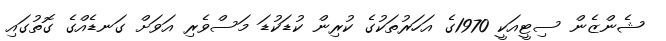
ޝެންޒެން ސިޓީއަކީ 1970ގެ އަހަރުތަކުގެ ކުރިން ކުޑަކުޑަ މަސްވެރި އަވަށް ގަނޑެއްގެ ގޮތުގައި